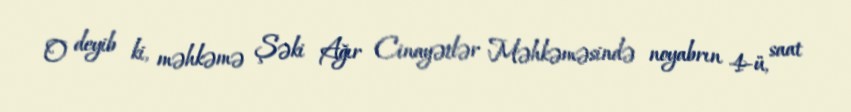
O deyib ki, məhkəmə Şəki Ağır Cinayətlər Məhkəməsində noyabrın 4-ü, saat